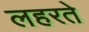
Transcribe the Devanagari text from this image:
लहरते